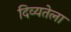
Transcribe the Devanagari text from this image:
दिव्यतेला